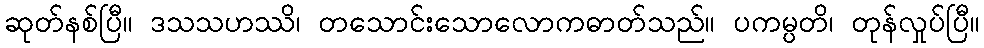
ဆုတ်နစ်ပြီ။ ဒသသဟဿိ၊ တသောင်းသောလောကဓာတ်သည်။ ပကမ္ပတိ၊ တုန်လှုပ်ပြီ။